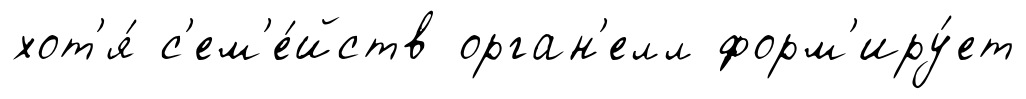
хот'я́ с'ем'е́йств орган'елл форм'иру́ет